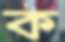
ক